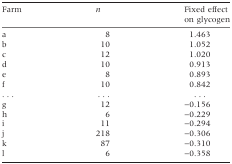
<table><thead><tr><td><b>Farm</b></td><td><b><i>n</i></b></td><td><b>Fixed effect on glycogen</b></td></tr></thead><tbody><tr><td>a</td><td>8</td><td>1.463</td></tr><tr><td>b</td><td>10</td><td>1.052</td></tr><tr><td>c</td><td>12</td><td>1.020</td></tr><tr><td>d</td><td>10</td><td>0.913</td></tr><tr><td>e</td><td>8</td><td>0.893</td></tr><tr><td>f</td><td>10</td><td>0.842</td></tr><tr><td>...</td><td>...</td><td>...</td></tr><tr><td>g</td><td>12</td><td>−0.156</td></tr><tr><td>h</td><td>6</td><td>−0.229</td></tr><tr><td>i</td><td>11</td><td>−0.294</td></tr><tr><td>j</td><td>218</td><td>−0.306</td></tr><tr><td>k</td><td>87</td><td>−0.310</td></tr><tr><td>l</td><td>6</td><td>−0.358</td></tr></tbody></table>